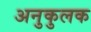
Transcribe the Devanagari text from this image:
अनुकुलक